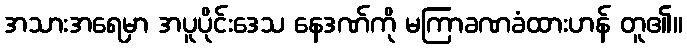
အသားအရေမှာ အပူပိုင်းဒေသ နေဒဏ်ကို မကြာခဏခံထားဟန် တူ၏။